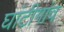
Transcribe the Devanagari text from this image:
घांटीगांव